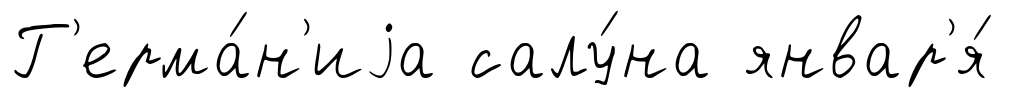
Г'ерма́н'иjа салу́на январ'я́